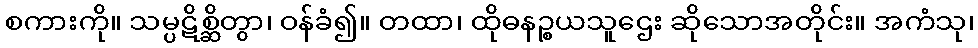
စကားကို။ သမ္ပဋိစ္ဆိတွာ၊ ဝန်ခံ၍။ တထာ၊ ထိုဓနဉ္စယသူဌေး ဆိုသောအတိုင်း။ အကံသု၊